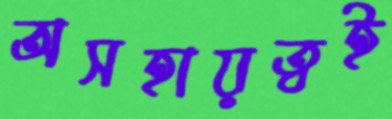
অসহায়ত্বই